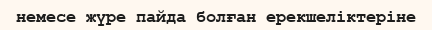
немесе жүре пайда болған ерекшеліктеріне